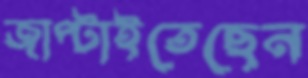
জাপ্‌টাইতেছেন